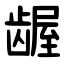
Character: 龌